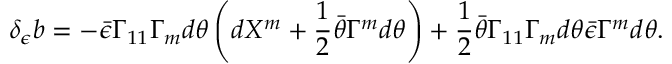
\delta _ { \epsilon } b = - \bar { \epsilon } \Gamma _ { 1 1 } \Gamma _ { m } d \theta \left( d X ^ { m } + { \frac { 1 } { 2 } } \bar { \theta } \Gamma ^ { m } d \theta \right) + { \frac { 1 } { 2 } } \bar { \theta } \Gamma _ { 1 1 } \Gamma _ { m } d \theta \bar { \epsilon } \Gamma ^ { m } d \theta .